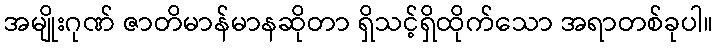
အမျိုးဂုဏ် ဇာတိမာန်မာနဆိုတာ ရှိသင့်ရှိထိုက်သော အရာတစ်ခုပါ။